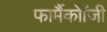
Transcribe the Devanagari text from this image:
फार्मैकोॉजी